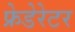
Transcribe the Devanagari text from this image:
फ्रेडेरेटर